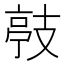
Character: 𭣙